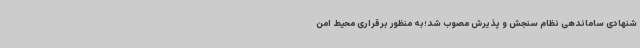
شنهادی ساماندهی نظام سنجش و پذیرش مصوب شد؛به منظور برقراری محیط امن